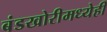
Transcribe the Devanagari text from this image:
बंडखोरीमध्येही